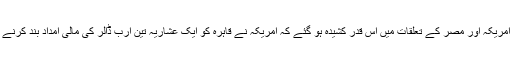
اس مقدمے کی وجہ سے امریکہ اور مصر کے تعلقات میں اس قدر کشیدہ ہو گئے کہ امریکہ نے قاہرہ کو ایک عشاریہ تین ارب ڈالر کی مالی امداد بند کرنے کی دھمکی بھی دی تھی۔